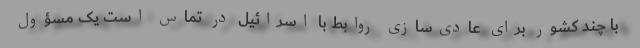
با چند کشور برای عادی‌سازی روابط با اسرائیل در تماس است یک مسؤول